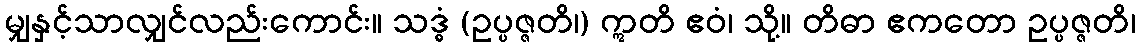
မျှနှင့်သာလျှင်လည်းကောင်း။ သဒ္ဓံ (ဥပ္ပဇ္ဇတိ၊) ဣတိ ဧဝံ၊ သို့။ တိဓာ ဧကတော ဥပ္ပဇ္ဇတိ၊